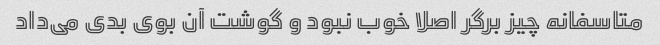
متاسفانه چیز برگر اصلا خوب نبود و گوشت آن بوی بدی می‌داد